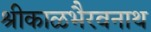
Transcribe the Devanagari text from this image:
श्रीकाळभैरवनाथ